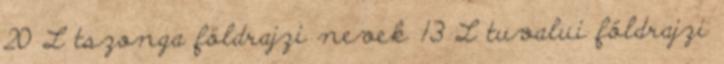
20 L tszonga földrajzi nevek‎ 13 L tuvalui földrajzi